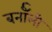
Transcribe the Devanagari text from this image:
बर्नॉली